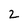
Character: 2